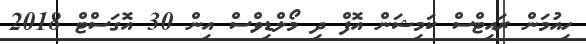
ހިއުމަން ރައިޓްސް ކަމިޝަން އޮފް ދި މޯލްޑިވްސް އިން 30 އޮގަސްޓް 2018